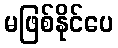
မဖြစ်နိုင်ပေ